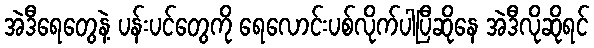
အဲဒီရေတွေနဲ့ ပန်းပင်တွေကို ရေလောင်းပစ်လိုက်ပါပြီဆိုနေ အဲဒီလိုဆိုရင်